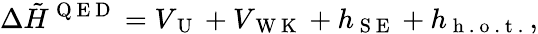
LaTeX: \Delta\tilde{H}^{\mathrm{~Q~E~D~}}=V_{\mathrm{~U~}}+V_{\mathrm{~W~K~}}+h_{\mathrm{~S~E~}}+h_{\mathrm{~h~.~o~.~t~.~}},